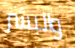
والبشر